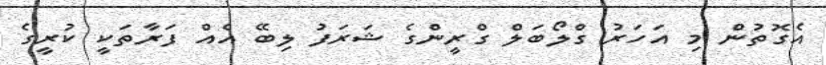
އެގޮތުން މި އަހަރު ގްލޯބަލް ގްރީންގެ ޝަރަފު ލިބޭ އެއް ފަރާތަކީ ކުރީގެ